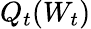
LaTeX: Q_{t}(W_{t})